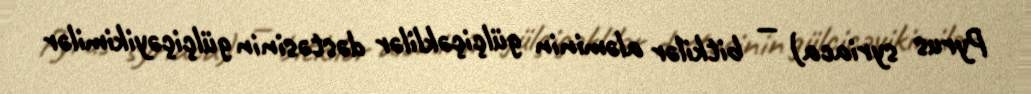
Pyrus syriaca) — bitkilər aləminin gülçiçəklilər dəstəsinin gülçiçəyikimilər